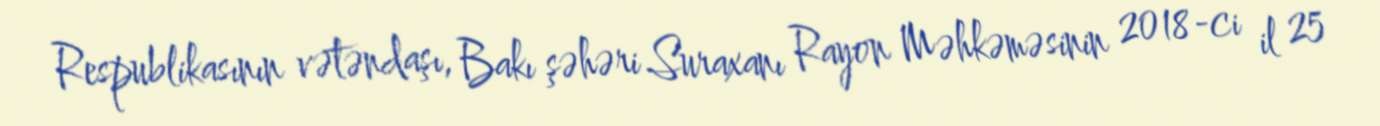
Respublikasının vətəndaşı, Bakı şəhəri Suraxanı Rayon Məhkəməsinin 2018-ci il 25